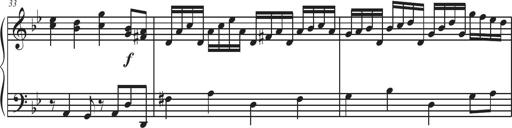
Title: Sonatina Espania
Composer: Jerald Franklin Archer
Key: Various